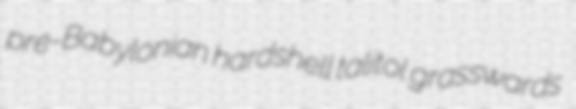
pre-Babylonian hardshell talitol grasswards